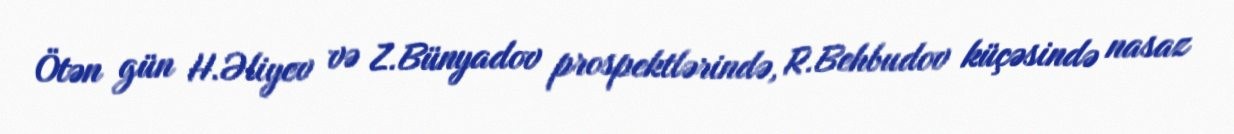
Ötən gün H.Əliyev və Z.Bünyadov prospektlərində, R.Behbudov küçəsində nasaz